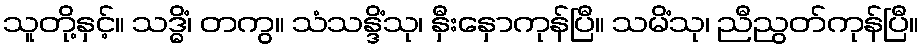
သူတို့နှင့်။ သဒ္ဓိံ၊ တကွ။ သံသန္ဒိံသု၊ နှီးနှောကုန်ပြီ။ သမိံသု၊ ညီညွတ်ကုန်ပြီ။